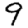
Digit: 9